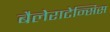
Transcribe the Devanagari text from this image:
बैलेराटेन्सिस